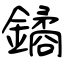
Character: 鐍